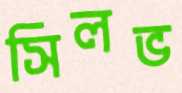
সিলভ